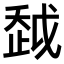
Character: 𧻂